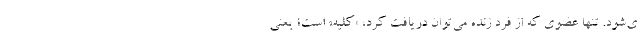
ی‌شود. تنها عضوی که از فرد زنده می‌توان دریافت کرد، «کلیه» است؛ یعنی